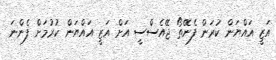
އަޒީ އައްޔަން ކުރަން ފެނޭތޯ ޖޭއެސްސީ އަށް އަޒީ އައްޔަން ކުރުމަށް ފެންނަ